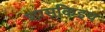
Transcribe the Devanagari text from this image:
शासकिइय